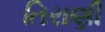
તિરાણી